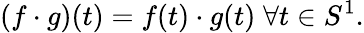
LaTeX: (f\cdot g)(t)=f(t)\cdot g(t)\; \forall t\in S^{1}.